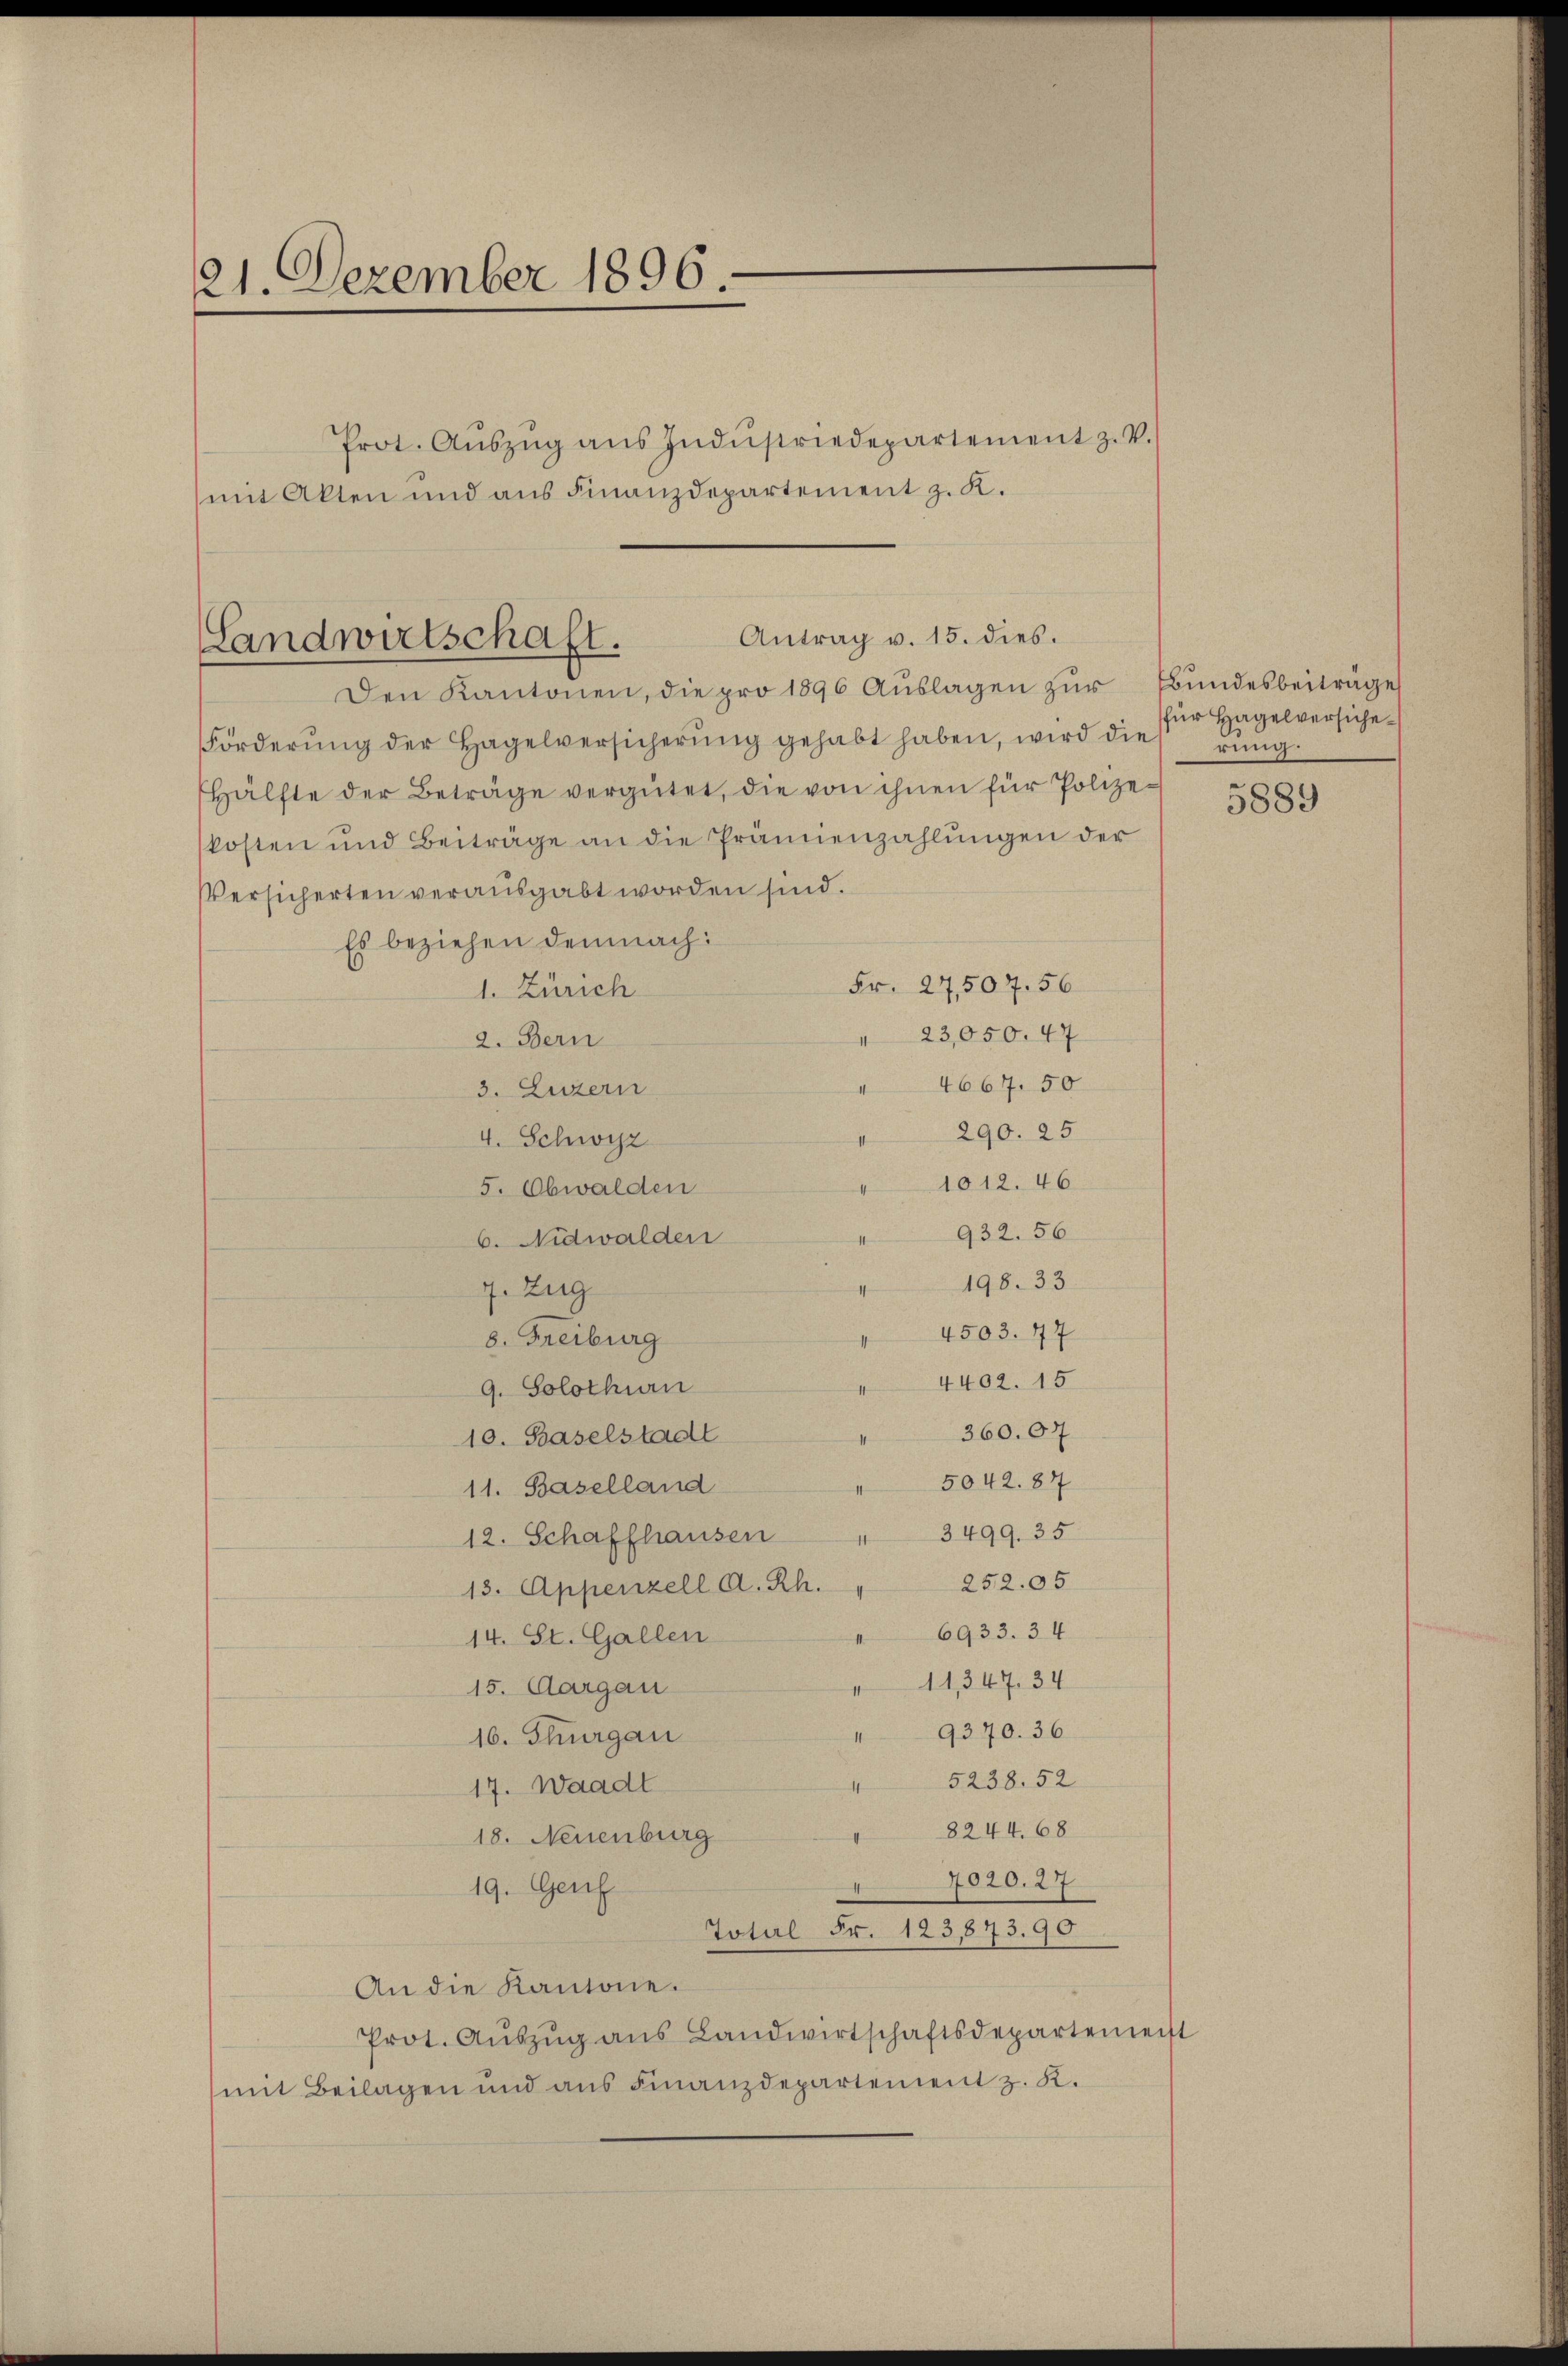
121. Dezember 1896

Prot. Aŭszŭg aŭs Indŭstriedepartement z. V.
mit Akten und aus Finanzdepartement z. K.

Den Kantonen, die pro 1896 Aŭslagen zŭr bŭndesbeiträge
Förderŭng der Hagelversicherŭng gehabt haben, wird dies rŭng.
Hälfte der Beträge vergütet, die von ihnen für Polizekosten und Beiträge an die Prämienzahlungen der
Versicherten verausgabt worden sind.
Es beziehen demnach:
Fr. 27507. 56
1. Zürich
" 23,050. 47
2. Bern
4667. 50
3. Luzern
290. 25
4. Schwyz
1012. 46
5. Obwalden
932. 56
6. Nidwalden
198. 33
7. Zug
4503. 77
8. Freiburg
4402. 15
9. Solothurn
360. 07
10. Baselstadt
5042. 87
11. Baselland
3499. 35
12. Schaffhausen
4
252. 05
13. Appenzell A. Rh.
6933. 34
14. St. Gallen
11,347. 34
15. Aargau
9370. 36
16. Thurgau
 5238. 52
17. Waadt
8244. 68
18. Neuenburg
7820. 27
19. Genf
Total Fr. 123873. 90
An die Kantone.
Prot. Auszug aus Landwirtschaftsdepartement
mit Beilagen und ans Finanzdepartement z. K.

Antrag v. 15. dies.
Landwirtschaft.

für Hagelversiche¬

t

5889